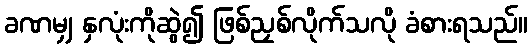
ခဏမျှ နှလုံးကိုဆွဲ၍ ဖြစ်ညှစ်လိုက်သလို ခံစားရသည်။